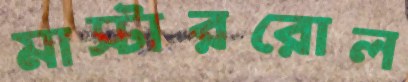
মাস্টাররোল